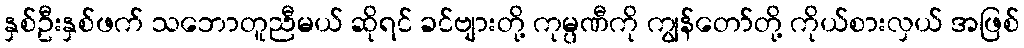
နှစ်ဦးနှစ်ဖက် သဘောတူညီမယ် ဆိုရင် ခင်ဗျားတို့ ကုမ္ပဏီကို ကျွန်တော်တို့ ကိုယ်စားလှယ် အဖြစ်